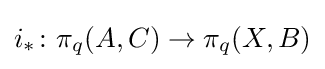
i_{*}\colon \pi _{q}(A,C)\to \pi _{q}(X,B)